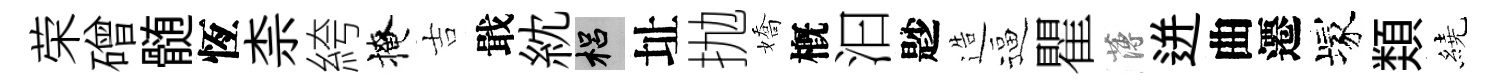
荣磳髄恆柰絝掩吉戢紞梠址抛嬌槪汩尟造逼瞿薄迸曲遷塚𩔖繞